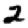
Digit: 2